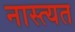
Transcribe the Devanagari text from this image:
नास्त्यत